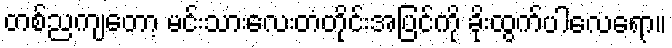
တစ်ညကျတော့ မင်းသားလေးတံတိုင်းအပြင်ကို ခိုးထွက်ပါလေရော။